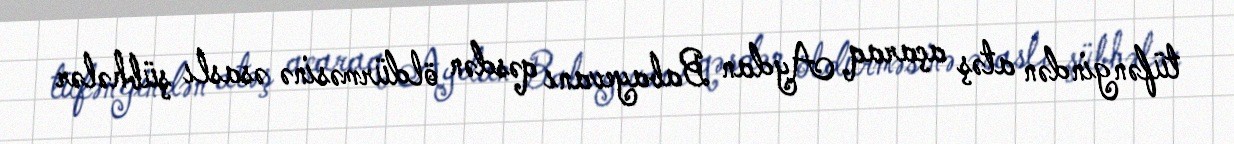
tüfəngindən atəş açaraq Aydan Babayevanı qəsdən öldürməsinə əsaslı şübhələr